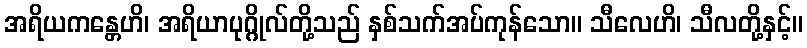
အရိယကန္တေဟိ၊ အရိယာပုဂ္ဂိုလ်တို့သည် နှစ်သက်အပ်ကုန်သော။ သီလေဟိ၊ သီလတို့နှင့်။